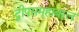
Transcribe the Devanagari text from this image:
द्वीपसमूहाबद्दल